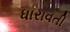
ધારાવતી